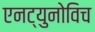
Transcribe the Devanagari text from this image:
एनट्युनोविच